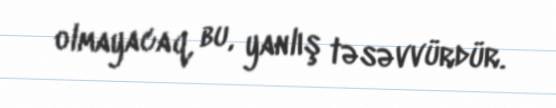
olmayacaq, bu, yanlış təsəvvürdür.